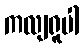
ကလျရူပါ